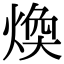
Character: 煥